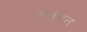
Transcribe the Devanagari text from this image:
अन्रगत